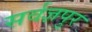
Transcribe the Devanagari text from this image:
सर्वज्ञपुर